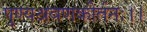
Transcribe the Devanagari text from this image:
पुण्यश्रवणकीर्तनः।।